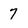
Character: 7